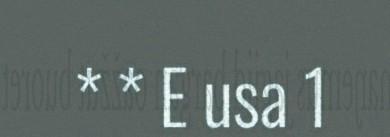
* * E usa 1